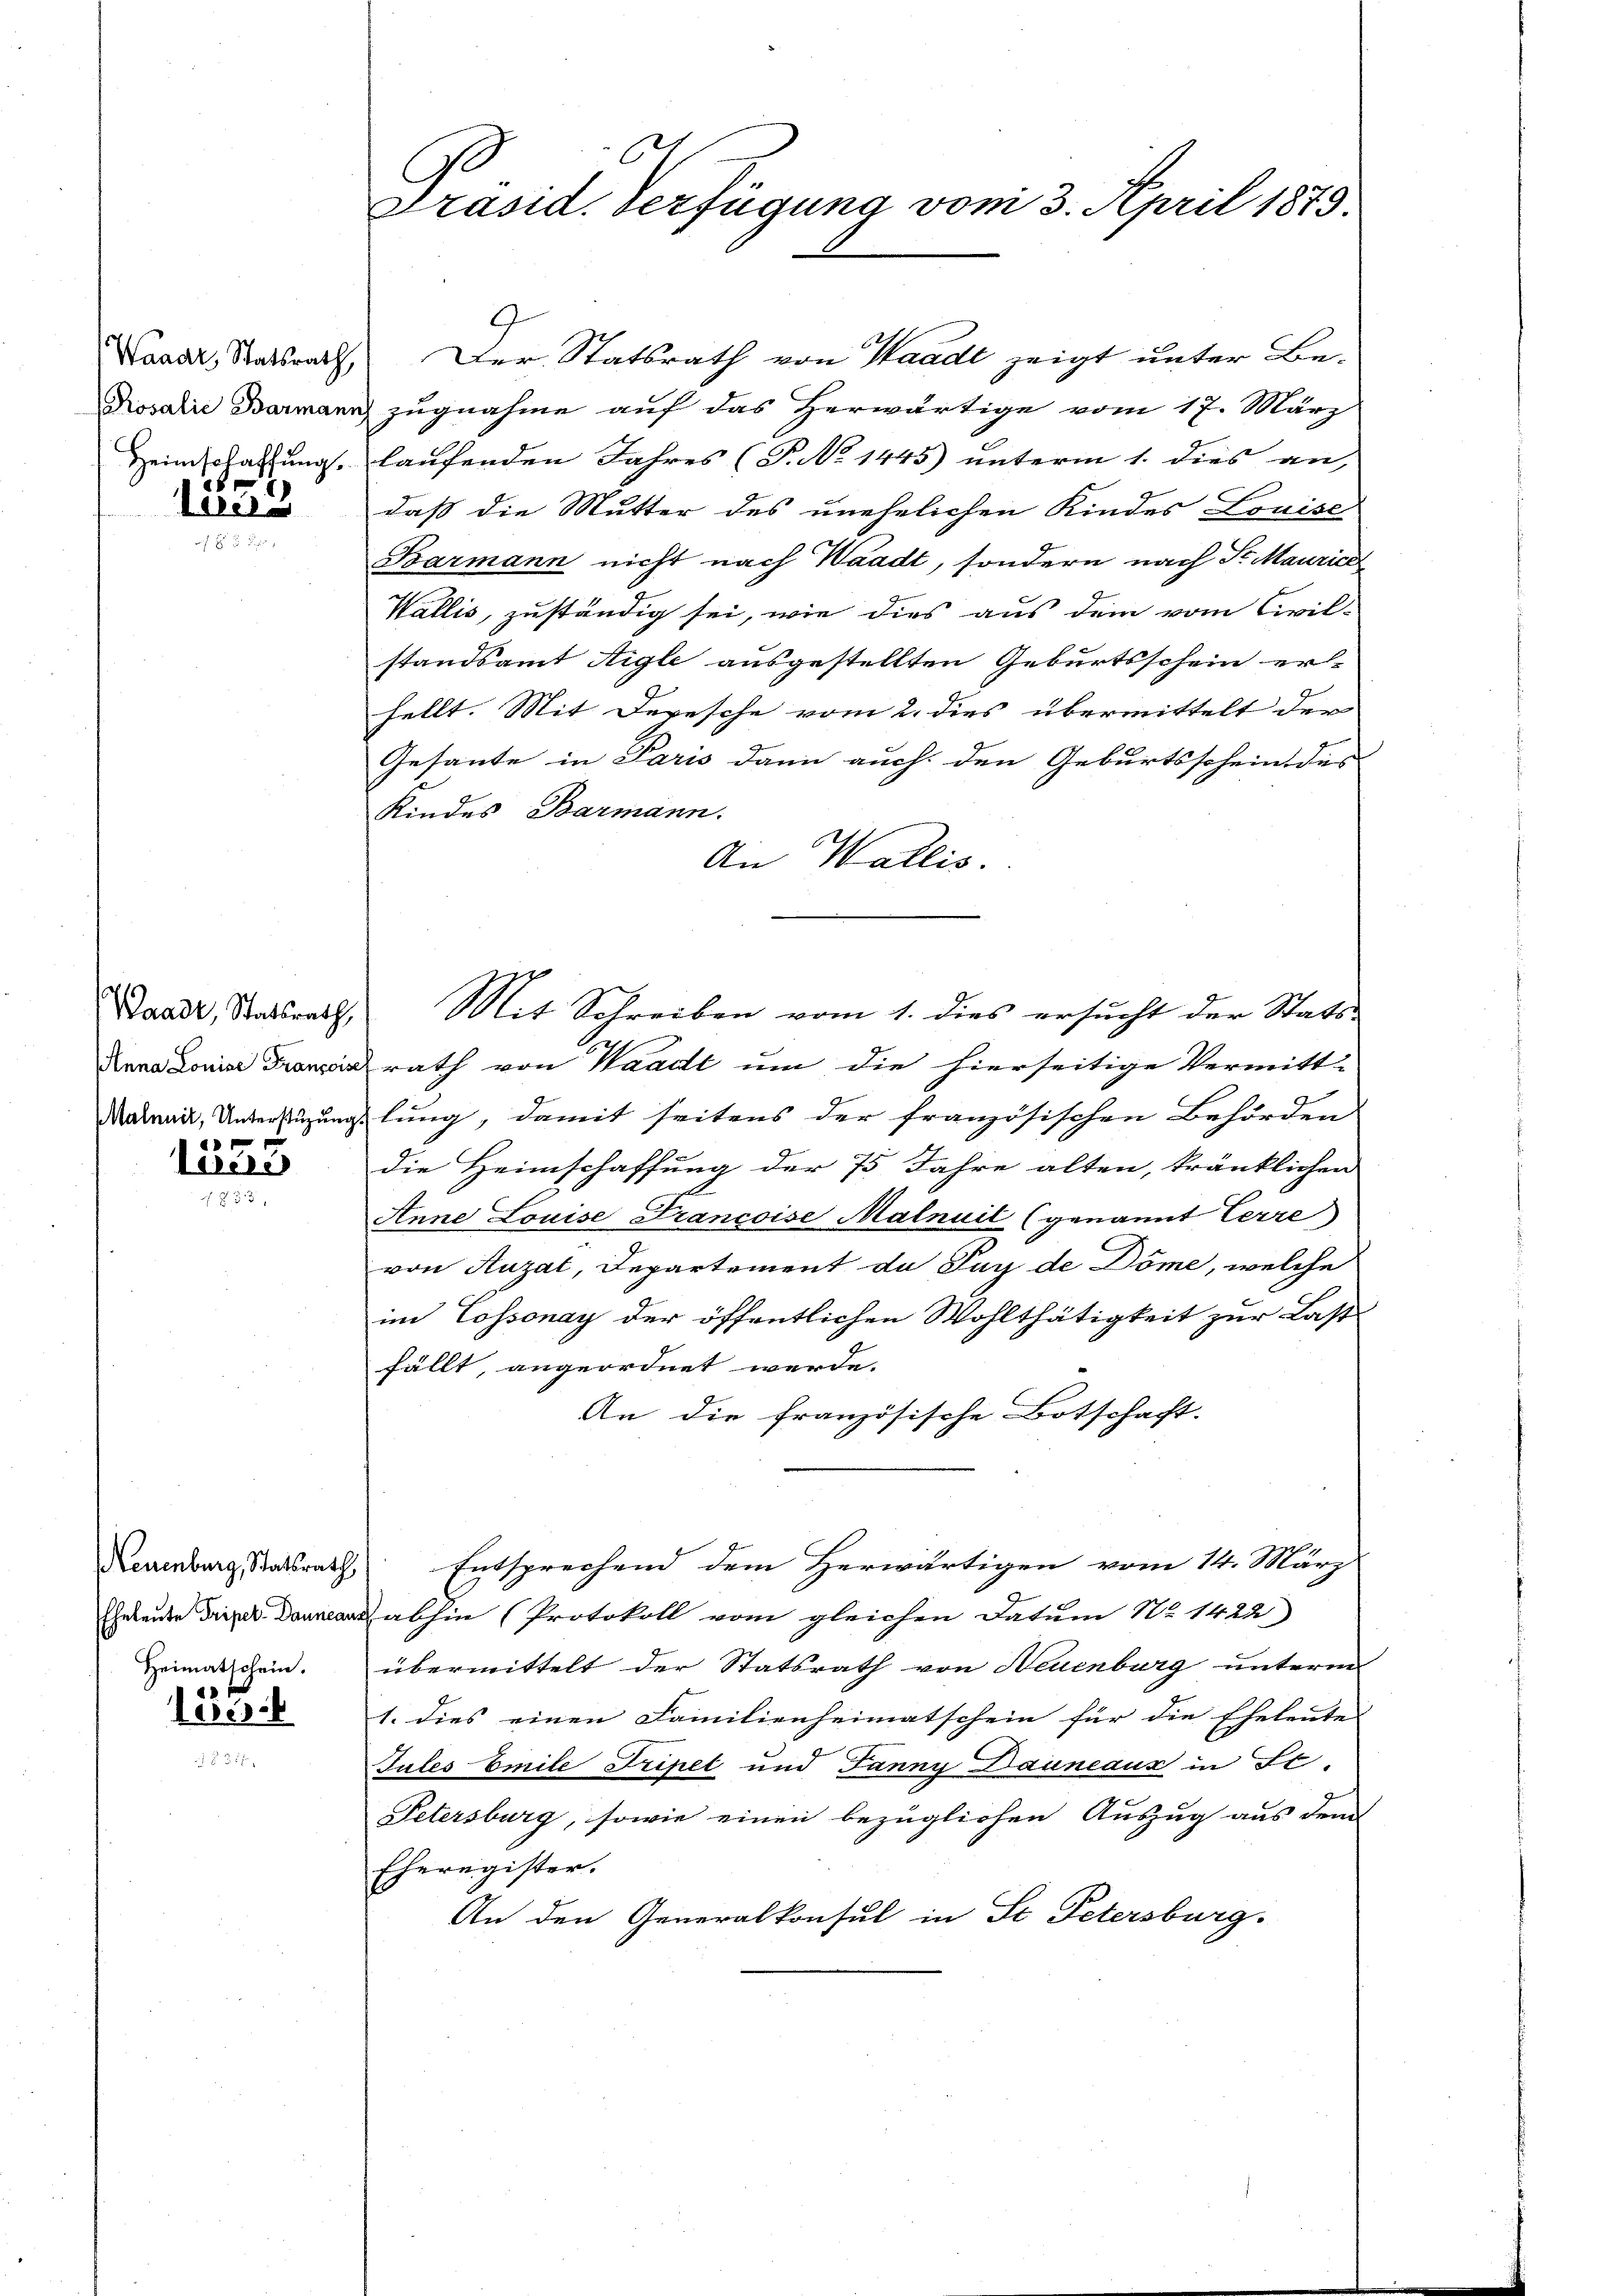
Waadt, Statsrath,
Heimschaffung.
2

laus

x
Veren
33

150.

Waadt, Statsrath,

Neuenburg, Statsrath
Heimatschein.

.
Präsid. Verfügung vom 3. April 1873.

Der Statsrath von Waadt zeigt unter Be-
Rosalie Barmann zugnahme auf das Herwärtige vom 17. März
laufenden Jahres (T. No 1445) unterm 1. dies an,
dass die Mutter des unehelichen Kindes Louise
Barmann nicht nach Waadt, sondern nach St. Maurice
Wallis, zuständig sei, wie dies aus dem vom Civil-
standsamt Aigle ausgestellten Geburtsschein erhellt. Mit Depesche vom 2. dies übermittelt der
Gesante in Paris dann auch den Geburtsschein des
Kindes Barmann.
An Wallis.
Mit Schreiben vom 1. dies ersucht der Stats
zrath von Waadt um die hierseitige Vermitt-
Maderaus, Unterstüzungslung, damit seitens der französischen Behörden
die Heimschaffung der 75 Jahre alten, kränklichen
Anne Louise Francoise Malnuil (genannt erre
von Auzat, Departement da Pay de Döme, welche
im Cossonay der öffentlichen Wohlthätigkeit zur Last
fällt, angeordnet werde.
An die französische Botschaft.
Entsprechend dem Herwärtigen vom 14. März
Eheleiden Frizer Dann abhin (Protokoll vom gleichen Datum No. 1422)
übermittelt der Statsrath von Neuenburg unterm
1. dies einen Familienheimatschein für die Eheleute
Jules Emile Tripet und Jänny Dauneaux in St.
Petersburg, sowie einen bezüglichen Auszug aus dem
Eheregister.
An den Generalkonsul in St. Petersburg.